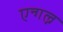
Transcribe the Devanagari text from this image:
एन्गल्न